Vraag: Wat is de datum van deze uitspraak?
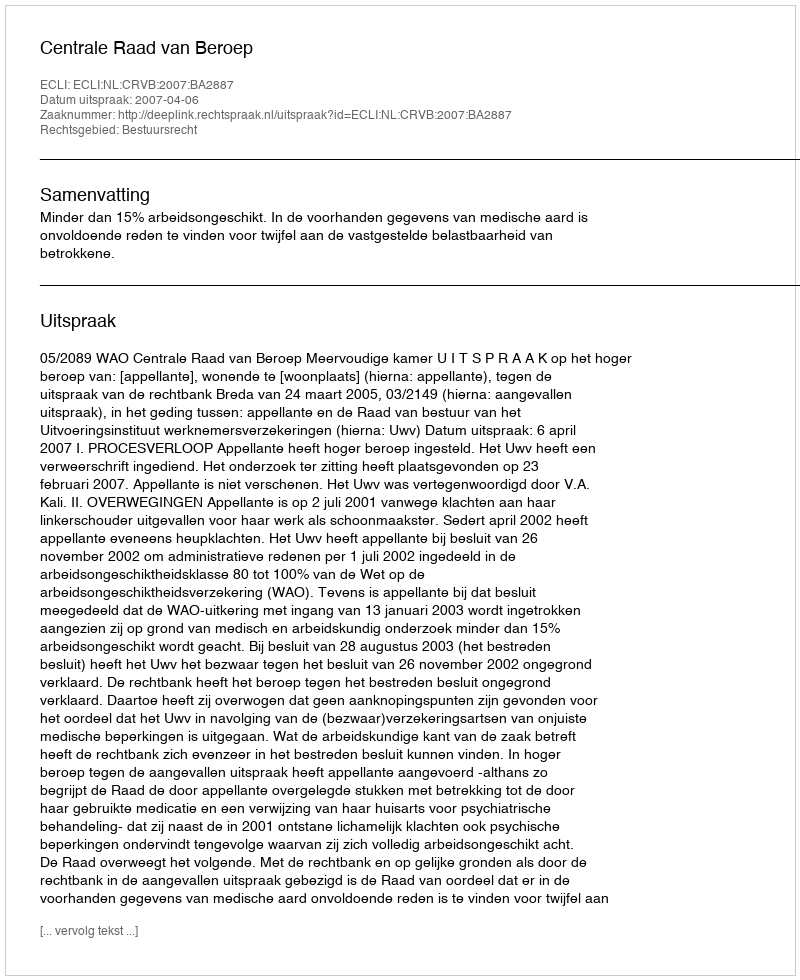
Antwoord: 2007-04-06